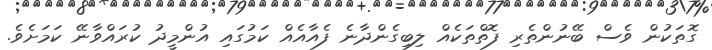
ގޮތަކުން ވެސް ބޭނުންތެރި ފޮތްތަކެއް ލިބިގެންދާނެ ފެއާއެއް ކަމުގައި އުންމީދު ކުރައްވާނޭ ކަމަށެވެ.